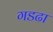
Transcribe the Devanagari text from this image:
गडढा